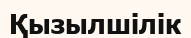
Қызылшілік